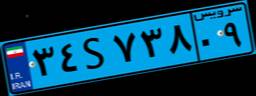
۹۷S۶۹۴۰۴